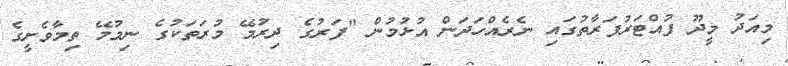
މިއަދު މީދޫ ފުއްޓަރުފަރާތުގައި ނެރެއްހަދަން އުޅުމުން "ފަރުގެ ދިރުމޭ މުރަތަކުގެ ނިމުމޭ ތިމާވެށީގެ